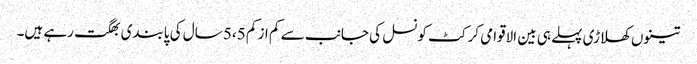
تینوں کھلاڑی پہلے ہی بین الاقوامی کرکٹ کونسل کی جانب سے کم از کم 5،5 سال کی پابندی بھگت رہے ہیں۔